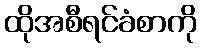
ထိုအစီရင်ခံစာကို